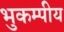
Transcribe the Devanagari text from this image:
भुकम्पीय